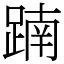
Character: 𨂾